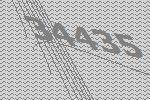
34435